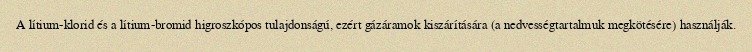
A lítium-klorid és a lítium-bromid higroszkópos tulajdonságú, ezért gázáramok kiszárítására (a nedvességtartalmuk megkötésére) használják.